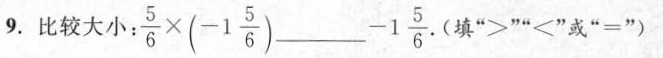
9.比较大小$$\frac { 5 } { 6 } \times ( - 1 \frac { 5 } { 6 } )$$ ___ $$- 1 \frac { 5 } {6 }$$ .(填”>””<”或”=”)